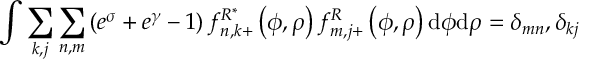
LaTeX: \int \sum _ { k , j } \sum _ { n , m } \left( e ^ { \sigma } + e ^ { \gamma } - 1 \right) f _ { n , k + } ^ { R ^ { \ast } } \left( \phi , \rho \right) f _ { m , j + } ^ { R } \left( \phi , \rho \right) \mathrm { d } \phi \mathrm { d } \rho = \delta _ { m n } , \delta _ { k j }